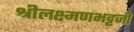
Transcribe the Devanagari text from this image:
श्रीलक्ष्मणभट्टजी